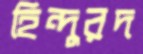
হিন্দুরদ